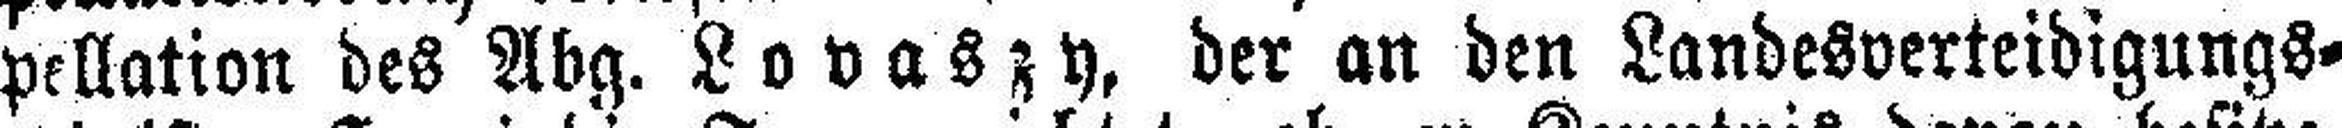
pellation des Abg. Lovaszy, der an den Landesverteidigungs¬